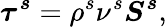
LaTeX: \boldsymbol{\tau^{s}}=\rho^{s}\nu^{s}\boldsymbol{S^{s}},